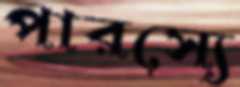
পারস্যে